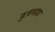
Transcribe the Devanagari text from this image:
दुधभाऊ